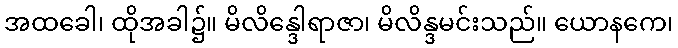
အထခေါ၊ ထိုအခါ၌။ မိလိန္ဒေါရာဇာ၊ မိလိန္ဒမင်းသည်။ ယောနကေ၊